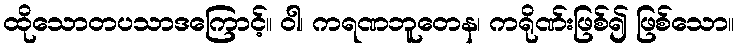
ထိုသောတပသာဒကြောင့်။ ဝါ၊ ကရဏဘူတေန၊ ကရိုဏ်းဖြစ်၍ ဖြစ်သော။